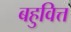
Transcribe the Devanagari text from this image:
बहुवित्त